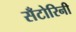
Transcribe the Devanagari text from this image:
सँटोरिनी